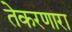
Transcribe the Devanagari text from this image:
तेकरणारा